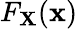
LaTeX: F_{\mathbf{X}}(\mathbf{x})